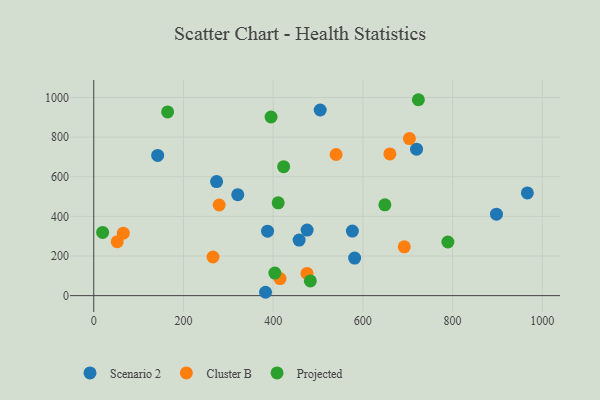
{"axis": {"x": "Speed", "y": "Salary"}, "legend": ["Cluster B", "Projected", "Scenario 2"], "data": [{"x": "457.9", "y": 280.2, "type": "Scenario 2"}, {"x": "504.9", "y": 936.8, "type": "Scenario 2"}, {"x": "966.8", "y": 518.1, "type": "Scenario 2"}, {"x": "142.5", "y": 707.3, "type": "Scenario 2"}, {"x": "383.0", "y": 17.0, "type": "Scenario 2"}, {"x": "387.5", "y": 325.1, "type": "Scenario 2"}, {"x": "897.9", "y": 410.9, "type": "Scenario 2"}, {"x": "719.7", "y": 738.9, "type": "Scenario 2"}, {"x": "321.1", "y": 509.5, "type": "Scenario 2"}, {"x": "581.7", "y": 189.4, "type": "Scenario 2"}, {"x": "475.7", "y": 330.8, "type": "Scenario 2"}, {"x": "576.6", "y": 325.7, "type": "Scenario 2"}, {"x": "273.9", "y": 575.8, "type": "Scenario 2"}, {"x": "475.5", "y": 112.0, "type": "Cluster B"}, {"x": "65.9", "y": 315.0, "type": "Cluster B"}, {"x": "703.8", "y": 792.7, "type": "Cluster B"}, {"x": "265.9", "y": 195.1, "type": "Cluster B"}, {"x": "692.3", "y": 246.5, "type": "Cluster B"}, {"x": "540.3", "y": 712.3, "type": "Cluster B"}, {"x": "415.3", "y": 86.2, "type": "Cluster B"}, {"x": "52.4", "y": 272.2, "type": "Cluster B"}, {"x": "660.2", "y": 715.3, "type": "Cluster B"}, {"x": "279.7", "y": 457.4, "type": "Cluster B"}, {"x": "482.9", "y": 74.5, "type": "Projected"}, {"x": "19.8", "y": 319.0, "type": "Projected"}, {"x": "403.8", "y": 113.8, "type": "Projected"}, {"x": "164.7", "y": 927.0, "type": "Projected"}, {"x": "411.2", "y": 468.2, "type": "Projected"}, {"x": "789.6", "y": 270.8, "type": "Projected"}, {"x": "723.8", "y": 988.6, "type": "Projected"}, {"x": "395.3", "y": 901.4, "type": "Projected"}, {"x": "649.1", "y": 458.1, "type": "Projected"}, {"x": "423.4", "y": 650.9, "type": "Projected"}]}